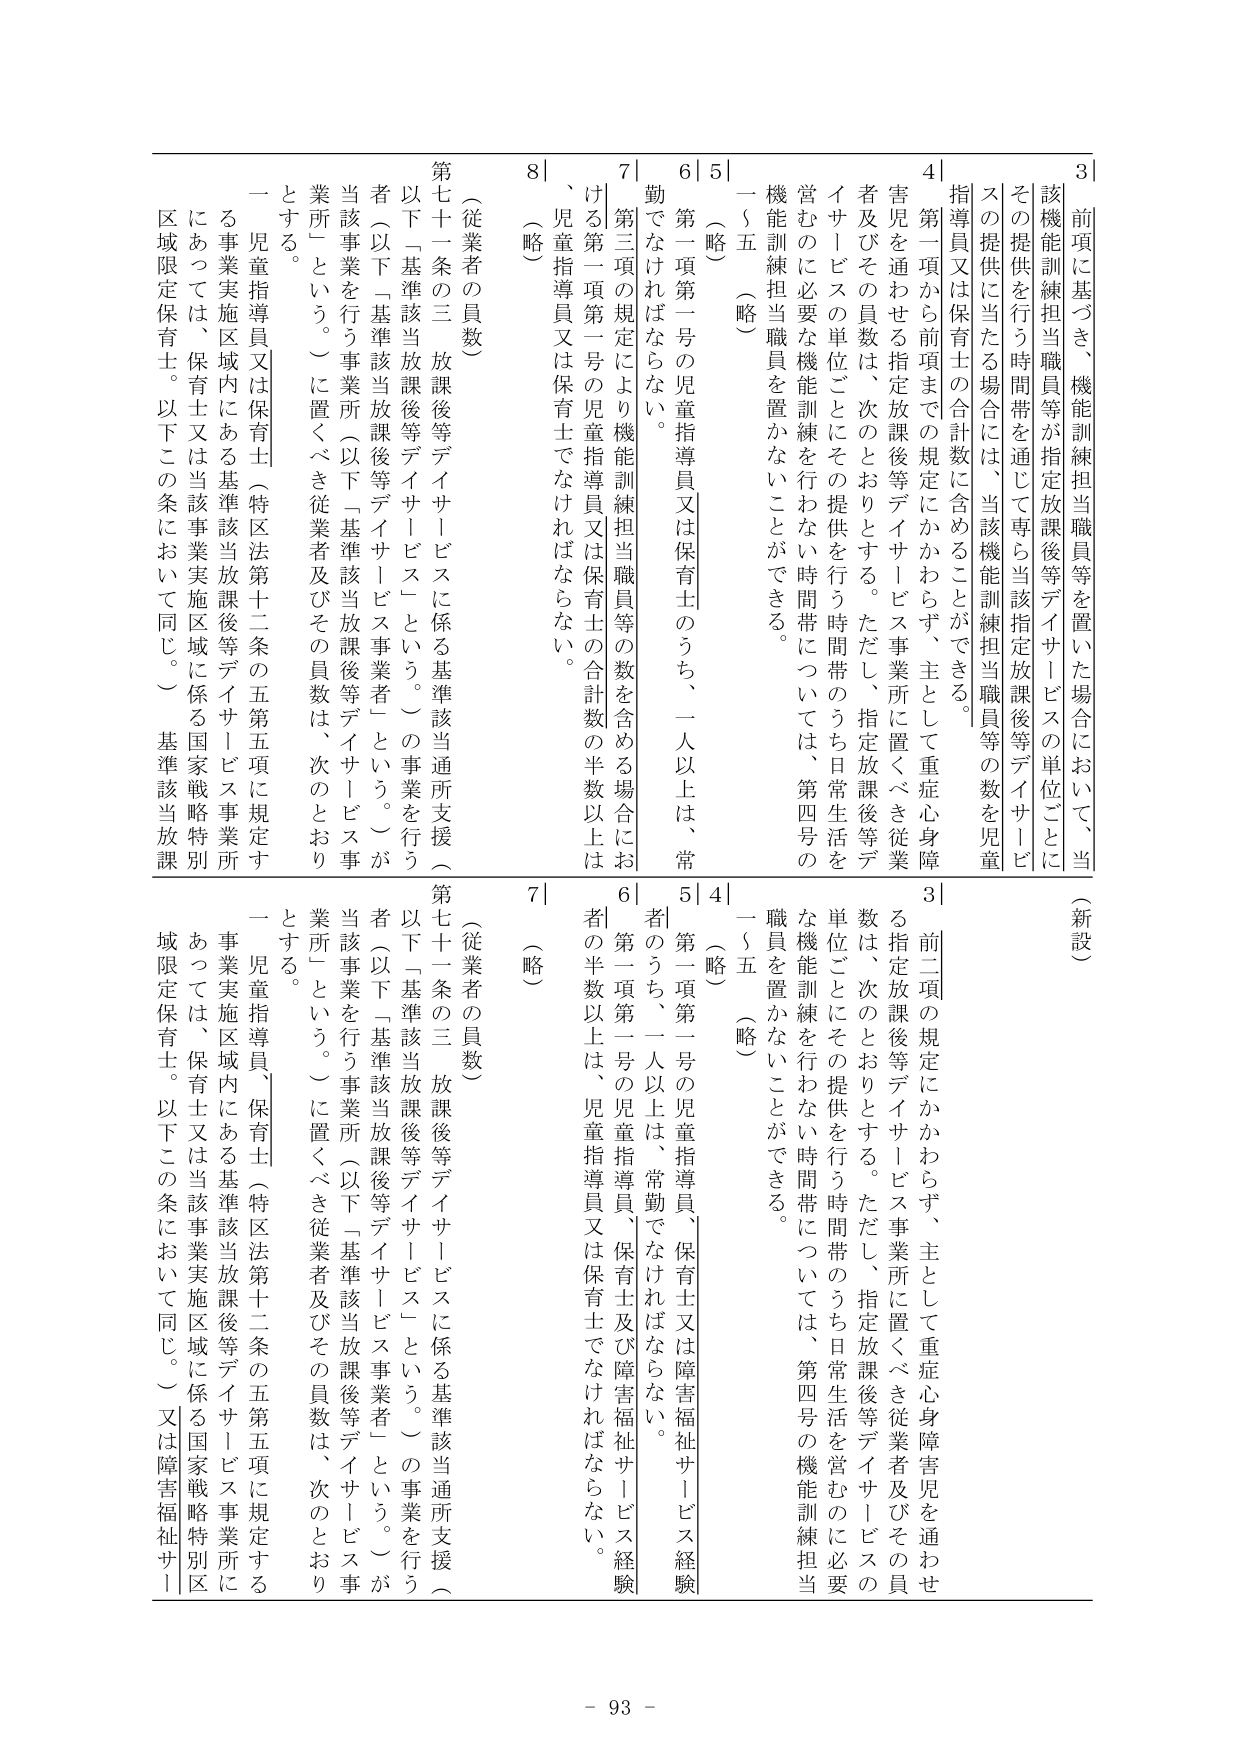
3 前項に基づき、機能訓練担当職員等を置いた場合において、当該機能訓練担当職員等が指定放課後等デイサービスの単位ごとにその提供を行う時間帯を通じて当該指定放課後等デイサービスの提供に当たる時間帯には、当該機能訓練担当職員等の数を児童指導員又は保育士の合計数に含めることができる。

4 第一項から前項までの規定にかかわらず、主として重症心身障害児を通わせる指定放課後等デイサービス事業所に置くべき従業者及びその員数は、次のとおりとする。ただし、指定放課後等デイサービスの単位ごとにその提供を行う時間帯のうち日常生活を営むのに必要な機能訓練を行わない時間帯については、第四号の機能訓練担当職員を置かないことができる。

5 （略）

6 第一項第一号の児童指導員又は保育士のうち、一人以上は、常勤でなければならない。

7 第三項の規定により機能訓練担当職員等の数を含める場合における第一項第一号の児童指導員又は保育士の合計数の半数以上は、児童指導員又は保育士でなければならない。

8 （略）

（従業者の員数）

第七十一条の三 放課後等デイサービスに係る基準該当通所支援（以下「基準該当放課後等デイサービス」という。）の事業を行う者（以下「基準該当放課後等デイサービス事業者」という。）が当該事業を行う事業所（以下「基準該当放課後等デイサービス事業所」という。）に置くべき従業者及びその員数は、次のとおりとする。

一 児童指導員又は保育士（特区法第十二条の五第五項に規定する事業実施区域内にある基準該当放課後等デイサービス事業所にあっては、保育士又は当該事業実施区域に係る国家戦略特別区域限定保育士。以下この条において同じ。）基準該当放課

（新設）

3 前二項の規定にかかわらず、主として重症心身障害児を通わせる指定放課後等デイサービス事業所に置くべき従業者及びその員数は、次のとおりとする。ただし、指定放課後等デイサービスの単位ごとにその提供を行う時間帯のうち日常生活を営むのに必要な機能訓練を行わない時間帯については、第四号の機能訓練担当職員を置かないことができる。

4 （略）

5 第一項第一号の児童指導員、保育士又は障害福祉サービス経験者のうち、一人以上は、常勤でなければならない。

6 第一項第一号の児童指導員、保育士及び障害福祉サービス経験者の半数以上は、児童指導員又は保育士でなければならない。

7 （略）

（従業者の員数）

第七十一条の三 放課後等デイサービスに係る基準該当通所支援（以下「基準該当放課後等デイサービス」という。）の事業を行う者（以下「基準該当放課後等デイサービス事業者」という。）が当該事業を行う事業所（以下「基準該当放課後等デイサービス事業所」という。）に置くべき従業者及びその員数は、次のとおりとする。

一 児童指導員、保育士（特区法第十二条の五第五項に規定する事業実施区域内にある基準該当放課後等デイサービス事業所にあっては、保育士又は当該事業実施区域に係る国家戦略特別区域限定保育士。以下この条において同じ。）又は障害福祉サ

- 93 -